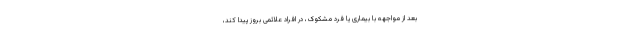
بعد از مواجهه با بیماری یا فرد مشکوک، در افراد علائمی بروز پیدا کند،